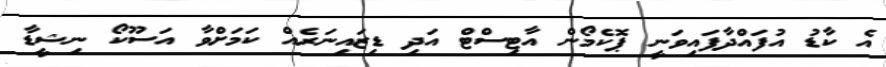
އެ ކާޑު އުފައްދާފައިވަނީ ޕޮކެމޯން އާޓިސްޓް އަދި ޑިޒައިނަރެއް ކަމަށްވާ އަސޫކޯ ނިޝީޑާ